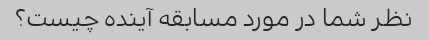
نظر شما در مورد مسابقه آینده چیست؟